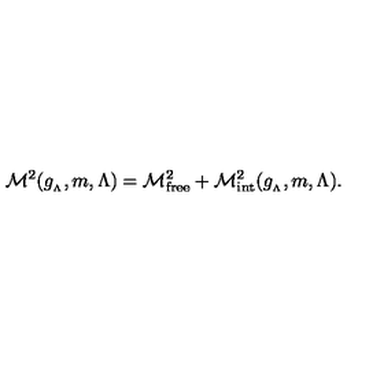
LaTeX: { \cal M } ^ { 2 } ( g _ { _ { \Lambda } } , m , \Lambda ) = { \cal M } _ { \mathrm { f r e e } } ^ { 2 } + { \cal M } _ { \mathrm { i n t } } ^ { 2 } ( g _ { _ { \Lambda } } , m , \Lambda ) .